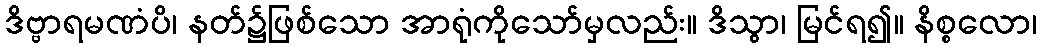
ဒိဗ္ဗာရမဏံပိ၊ နတ်၌ဖြစ်သော အာရုံကိုသော်မှလည်း။ ဒိသွာ၊ မြင်ရ၍။ နိစ္စလော၊